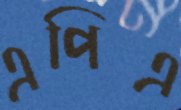
এপিএ